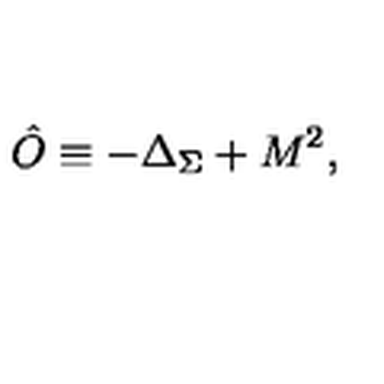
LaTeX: \hat { O } \equiv - \Delta _ { \Sigma } + M ^ { 2 } ,